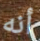
أنه